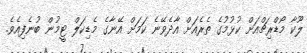
ލޫކާ މޯޑްރިޗްއަށް ކުޅުމުގެ ތެރެއަށް އާދެވޭނެ ކަމަށް އޭނާގެ މެޑިކަލް ޓީމުން ބުނެފިއެވެ.